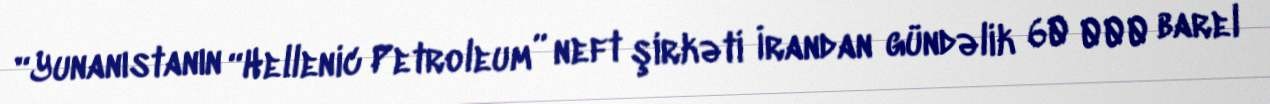
“Yunanıstanın “Hellenic Petroleum” neft şirkəti İrandan gündəlik 60 000 barel